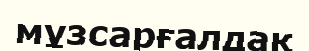
мұзсарғалдақ